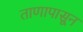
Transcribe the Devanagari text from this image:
ताणापासून